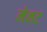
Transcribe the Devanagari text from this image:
मेनट